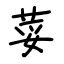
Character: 荽